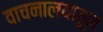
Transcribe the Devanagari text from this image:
वाचनालयातून